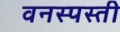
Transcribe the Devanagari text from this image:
वनस्पस्ती